Lunatic asylums in Bengal annual reports 1899-1911 - 1899-1911
Year: 1899
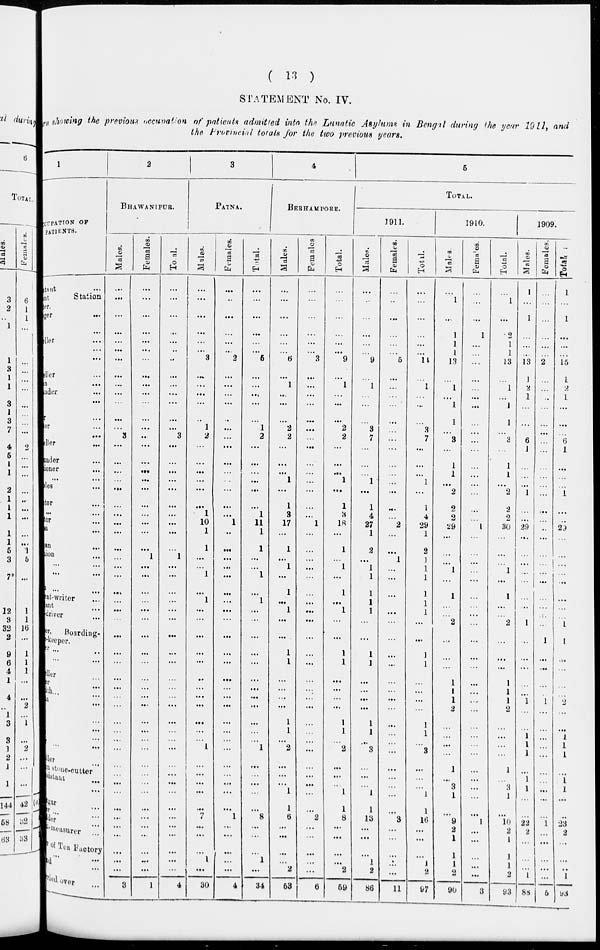
(
13 )
STATEMENT No. IV.
Return showing the previous occupation of patients admitted into the Lunatic Asylums in Bengal during the year 1911, and
the Provincial totals for the two previous years.
1
OCCUPATION OF
PATIENTS.
tant ...
nt
Station
ger.
ger
...
...
eller ...
...
...
eller ...
n
...
nder ...
...
r ...
er ...
...
eller ...
under ...
ioner ...
... ...
bles ...
tor ...
... ...
tor ...
si ...
an ...
ion ...
... ...
...
...
... ...
ent-writer ...
ant ...
-driver ...
er,
Boarding-
keeper.
er
...
...
... ...
eller ...
er ...
ith ... ...
a ...
...
...
...
... ...
ller ...
stone-cutter
assistant ...
...
tgar ...
er ...
der ...
-measurer ...
r of Tea Factory
... ...
nd ...
rried over ...
2
BHAWANIPUR.
Males.
...
... ...
...
...
... ...
... ...
...
... ...
...
3
...
...
... ...
...
... ...
... ...
...
... ... ...
...
... ...
...
...
...
...
... ...
... ...
... ... ...
...
...
... ... ...
...
...
...
...
...
...
...
3
Females.
...
...
...
...
...
...
...
...
... ...
...
...
... ... ...
...
... ...
...
... ...
... ...
... 1
... ...
...
... ...
...
...
... ...
... ...
...
...
... ...
...
...
... ... ... ...
...
...
...
...
...
...
... 1
Total.
...
...
...
...
...
...
... ...
...
...
...
... ... 3
... ...
...
...
...
...
...
...
...
... 1
... ...
...
...
... ...
...
...
...
...
... ...
...
...
... ... ...
... ...
... ...
...
...
...
...
...
... ...
4
3
PATNA.
Males.
...
...
...
... ...
...
3
...
...
... ...
..
1
2
...
...
... ...
...
...
1 10
1
1
... ...
1
... 1
... ...
...
...
... ...
...
...
...
... ...
...
1
... ...
... ...
... 7
... ...
... 1
...
30
Females.
...
...
... ...
...
... 2
...
...
...
...
...
...
...
...
... ...
...
...
...
... 1
...
...
... ...
...
...
...
...
...
...
...
...
... ...
...
... ...
...
...
...
...
...
...
...
...
1
...
...
...
... ... 4
Total.
...
...
...
...
...
...
5
...
...
... ...
...
1
2
...
...
...
... ... ...
1
11
1
1
...
...
1
... 1
... ...
...
... ...
... ...
...
... ...
...
...
1
...
...
... ...
... 8
... ...
...
1
... 34
4
BERHAMPORE.
Males.
...
...
...
...
... ...
6
...
1
...
...
...
2
2
...
...
...
1
...
1
3
17
...
1
... 1
...
1
... 1
...
...
1
1
... ...
...
... 1
1
...
2
...
...
...
1
1
6
...
... ...
...
2
63
Females.
...
...
...
... ...
...
3
... ...
...
...
...
...
... ... ...
... ...
...
... ...
1
...
... ...
... ...
... ...
...
...
...
...
...
...
... ...
...
... ... ...
...
...
...
... ...
...
2
...
...
...
...
...
6
Total.
...
... ...
... ...
...
9
...
1
...
...
...
2
2
...
...
... 1
... 1
3
18
...
1
... 1
...
1
... 1
...
...
1
1
...
...
...
... 1
1
... 2
...
...
... 1
1
8
...
...
...
...
2
69
5
TOTAL.
1911.
Males.
...
...
... ...
... ...
9
... 1
... ...
... 3
7
...
...
... 1
...
1
4
27
1
2
... 1
1
1
1
1
...
...
1
1
...
...
... ...
1
1
... 3
...
...
... 1
1
13
...
...
... 1
2
86
Females.
...
...
... ...
... ...
5
...
...
...
... ...
... ... ...
...
...
...
...
... ...
2
...
... 1
...
...
...
... ...
...
...
...
...
... ...
...
...
...
... ... ...
...
...
...
...
... 3
...
...
...
...
...
11
Total.
...
... ...
... ...
...
14
... 1
...
...
... 3
7
...
...
... 1
...
1
4
29
1
2
1
1
1
1
1
1
...
...
1
1
... ...
...
...
1
1
... 3
...
... ...
1
1
16
... ...
... 1
2
97
1910.
Males.
...
1
... 1
1
1
13
... 1
...
1
1
...
3
...
1
1
...
2
2
2
29
...
...
... 1
...
1
... ... 2
....
... ...
1
1
1
2
... ... ...
...
1
... 3
1
... 9
2
1
1
1
2
90
Females.
...
...
...
1
...
... ...
...
... ...
...
... ... ...
...
...
... ...
...
...
... 1
...
... ...
... ...
...
... ... ...
...
...
...
... ...
... ...
... ...
... ...
...
...
... ...
...
1
...
...
...
... ... 3
Total.
...
1
...
2
1
1
13
... 1
...
1
1
...
3
... 1
1
...
2
2
2
30
...
...
... 1
... 1
... ... 2
...
... ... 1
1
1
2
... ... ... ...
1
... 3
1
... 10
2
1
1
1
2
93
1909.
Males.
1
... 1
... ...
...
13
1
2
1
...
... ... 6
1
... ...
...
1
...
...
29
...
...
... ... ...
...
... ... 1
...
...
...
...
... 1
...
... 1
1
1
...
1
1
...
... 22
2
...
...
... 1
88
Females.
...
... ...
... ...
... 2
... ...
...
...
... ...
... ...
...
... ... ...
...
... ... ...
...
...
... ...
...
... ... ...
1
... ...
...
... 1
...
... ... ... ...
...
... ... ...
... 1
... ...
... ...
...
5
Total.
1
... 1
...
...
...
15
1
2
1
...
...
... 6
1
...
... ... 1
...
... 29
...
...
... ... ...
...
... ... 1
1
...
... ...
... 2
...
... 1
1
1
...
1
1
...
... 23
2
... ...
... 1
93